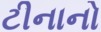
ટીનાનો